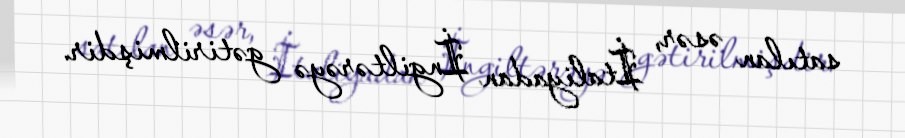
satılan əsər, İtaliyadan İngiltərəyə gətirilmişdir.